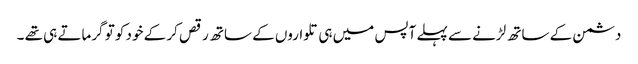
دشمن کے ساتھ لڑنے سے پہلے آپس میں ہی تلواروں کے ساتھ رقص کر کے خود کو تو گرماتے ہی تھے ۔